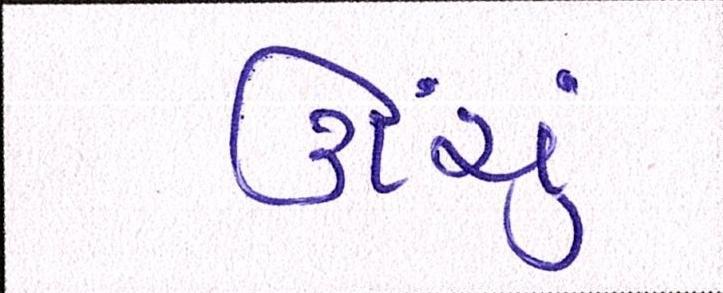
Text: ઊંચું